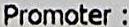
PROMOTER :